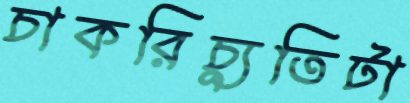
চাকরিচ্যুতিটা